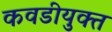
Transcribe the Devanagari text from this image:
कवडीयुक्‍त